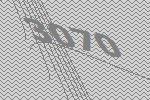
3070